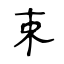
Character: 束